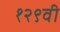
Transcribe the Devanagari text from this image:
१२९वी